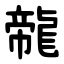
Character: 㡣